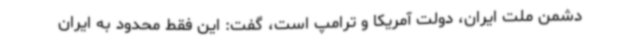
دشمن ملت ایران، دولت آمریکا و ترامپ است، گفت: این فقط محدود به ایران